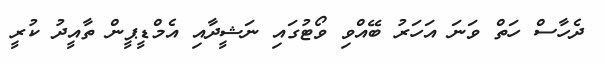
ދެހާސް ހަތް ވަނަ އަހަރު ބޭއްވި ވޯޓުގައި ނަޝީދާއި އެމްޑީޕީން ތާއީދު ކުރީ